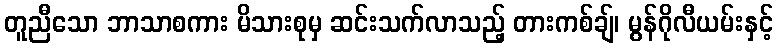
တူညီသော ဘာသာစကား မိသားစုမှ ဆင်းသက်လာသည့် တားကစ်ချ်၊ မွန်ဂိုလီယမ်းနှင့်